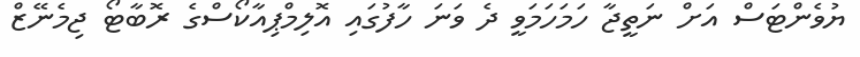
ޔުވެންޓަސް އަށް ނަތީޖާ ހަމަހަމަވީ ދެ ވަނަ ހާފުގައި އޮލިމްޕިއާކޯސްގެ ރޮބާޓޯ ޖިމެނޭޒް